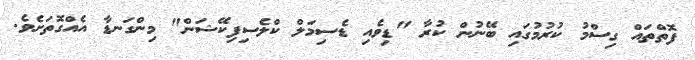
ފޮތްތައް ގިސްމު ކުރުމުގައި ބޭނުން ކުރާ "ޑިވެއި ޑެސިމަލް ކްލެސިފިކޭޝަން" މިންގަނޑާ އެއްގޮތަށެވެ.